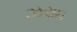
ઝરાઇ